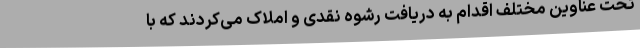
تحت عناوین مختلف اقدام به دریافت رشوه نقدی و املاک می‌کردند که با